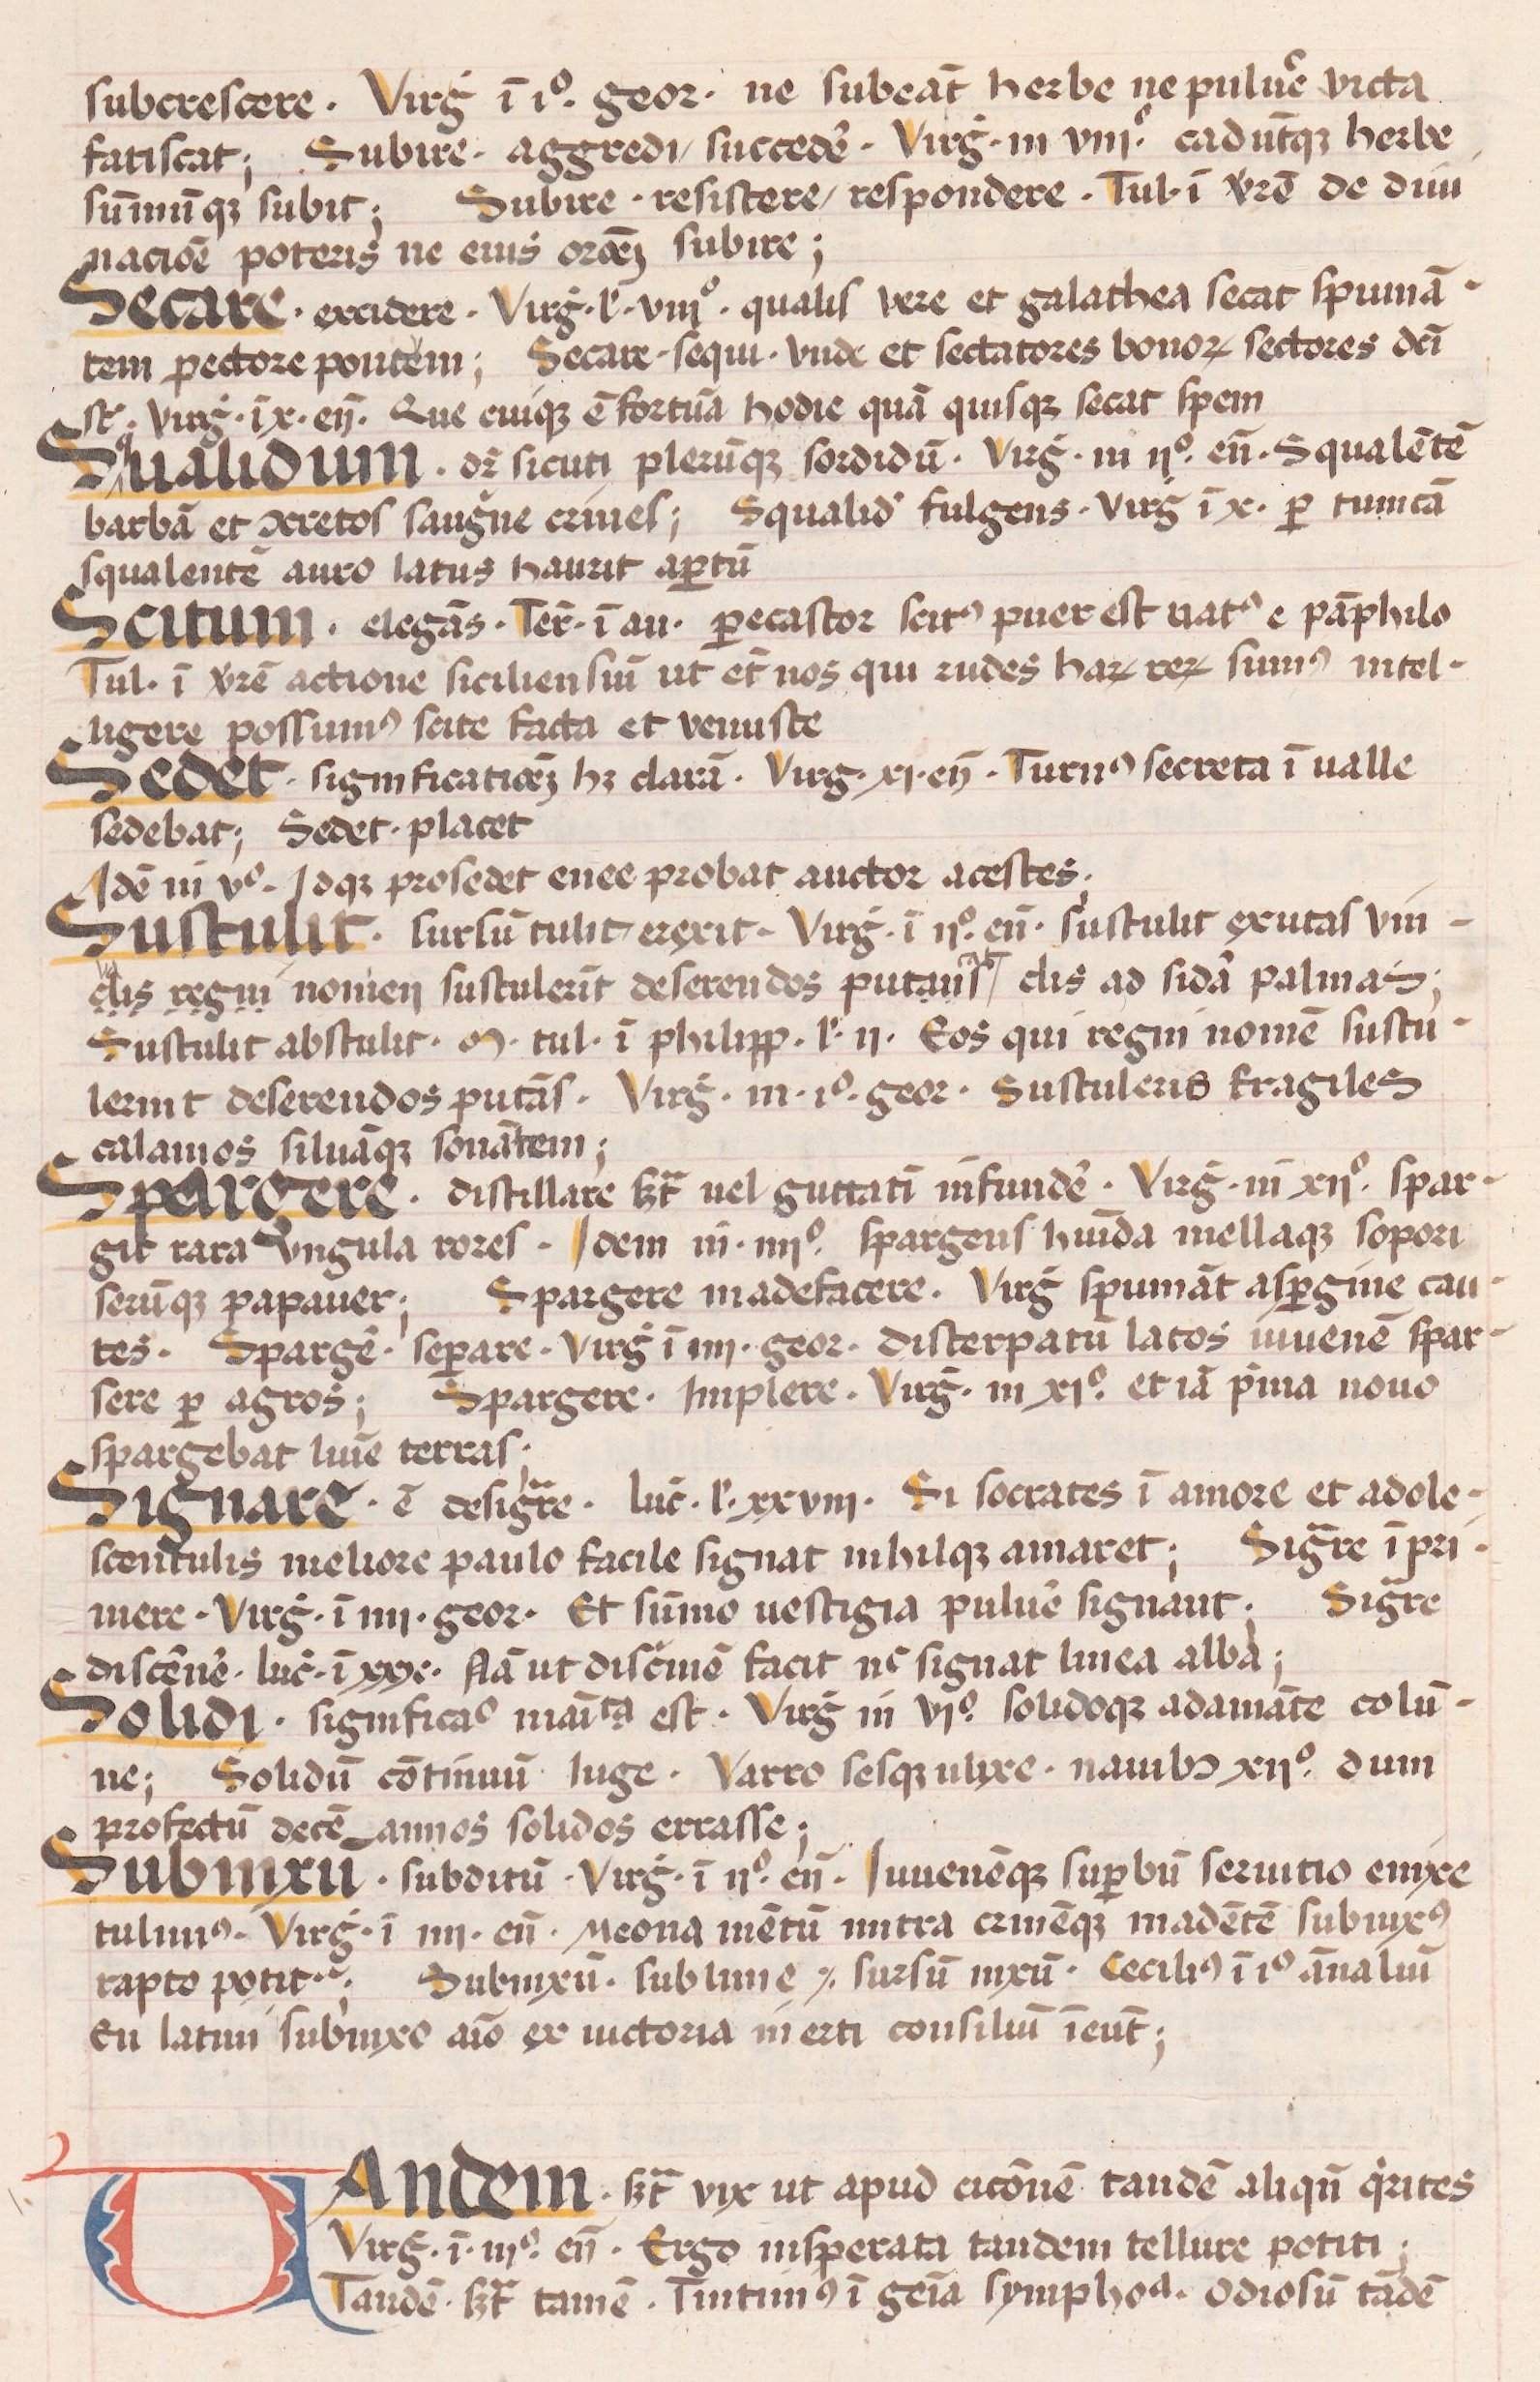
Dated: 1450–1474